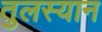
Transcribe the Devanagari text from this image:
तुलस्यान